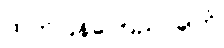
ထုတ်ပြန်ကြေညာချက်